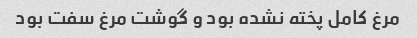
مرغ کامل پخته نشده بود و گوشت مرغ سفت بود